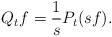
LaTeX: \begin{align*}Q_t f = \frac{1}{s} P_t(sf).\end{align*}